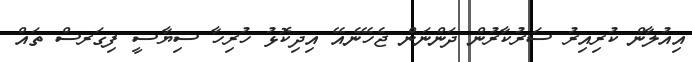
އިއުލާން ކުރިއިރު ސަރުކާރުން ދަންނަން ޖެހޭނެއޭ އިދިކޮޅު ހުރިހާ ސިޔާސީ ފިގަރސް ތައް